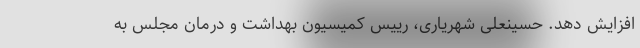
افزایش دهد. حسینعلی شهریاری، رییس کمیسیون بهداشت و درمان مجلس به